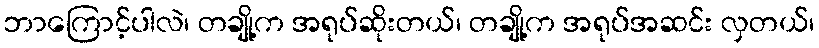
ဘာကြောင့်ပါလဲ၊ တချို့က အရုပ်ဆိုးတယ်၊ တချို့က အရုပ်အဆင်း လှတယ်၊